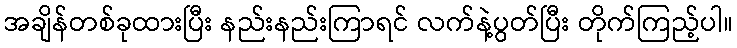
အချိန်တစ်ခုထားပြီး နည်းနည်းကြာရင် လက်နဲ့ပွတ်ပြီး တိုက်ကြည့်ပါ။